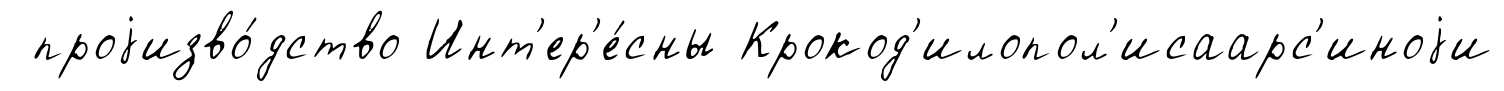
проjизво́дство Инт'ер'е́сны Крокод'илопол'исаарс'иноjи